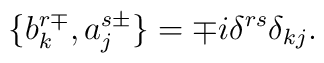
\{b_k^{r\mp},a_j^{s\pm}\}=\mp i \delta^{rs}\delta_{kj}.